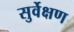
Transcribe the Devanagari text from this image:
सुर्वेक्षण